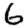
Digit: 6